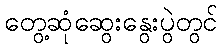
တွေ့ဆုံဆွေးနွေးပွဲတွင်